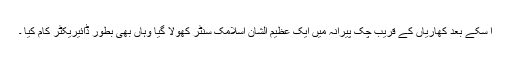
ا سکے بعد کھاریاں کے قریب چک پیرانہ میں ایک عظیم الشان اسلامک سنٹر کھولا گیا وہاں بھی بطور ڈائیریکٹر کام کیا ۔